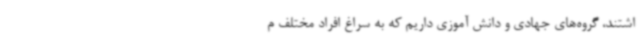
اشتند، گروه‌های جهادی و دانش آموزی داریم که به سراغ افراد مختلف م